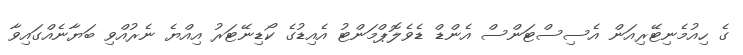
ގެ ހިއުމެނިޓޭރިއަން އެސިސްޓަންސް އެންޑް ޑެވެލޮޕްމަންޓު އެއިޑުގެ ކޯޑިނޭޓަރު އިއްްޔެ ނެރުއްވި ބަޔާނެއްގައިވާ